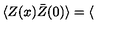
\langle Z ( x ) \bar { Z } ( 0 ) \rangle = \langle